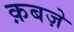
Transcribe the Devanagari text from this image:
क़बज़े